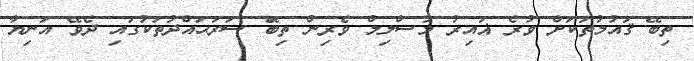
ތިބޭ ޤައުމުތަކަށް ވުރެ ޣައިރު މުސްލިމް ވެރިން ތިބޭަ ސަރަޙައްދުތަކުގައި ދެވޭ އަނިޔާ